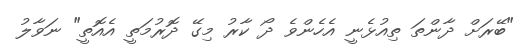
"ބޭރަށް ދާންތަ ތިއުޅެނީ އެހެންވެ ދޯ ކާރު މިގޭ ދޮރުމަތީ އެއޮތީ" ނަވާލު